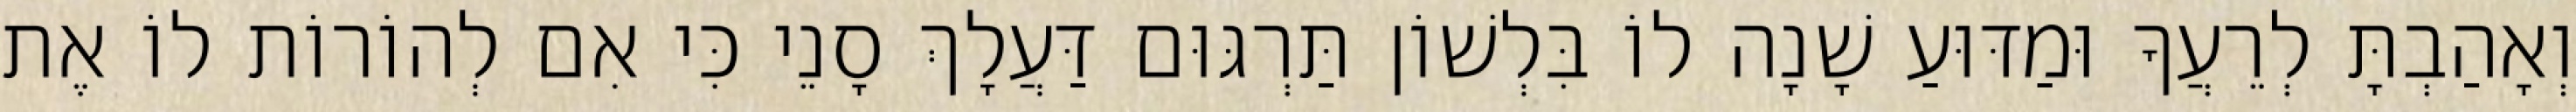
וְאָהַבְתָּ לְרֵעֲךָ וּמַדּוּעַ שָׁנָה לוֹ בִּלְשׁוֹן תַּרְגּוּם דַּעֲלָךְ סָנֵי כִּי אִם לְהוֹרוֹת לוֹ אֶת